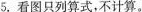
5.看图只列算式，不计算。